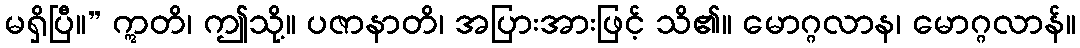
မရှိပြီ။” ဣတိ၊ ဤသို့။ ပဇာနာတိ၊ အပြားအားဖြင့် သိ၏။ မောဂ္ဂလာန၊ မောဂ္ဂလာန်။